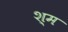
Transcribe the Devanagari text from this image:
श्म